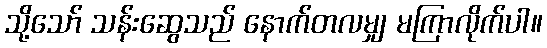
သို့သော် သန်းဆွေသည် နောက်တလမျှ မကြာလိုက်ပါ။